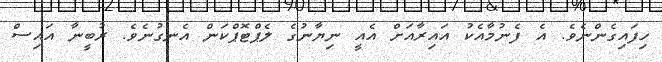
ހިފައިގެންނެވެ. އެ ފެނުމާއެކު އައިރާއަށް އެއީ ނިޔާނުގެ ލެޕްޓޮޕްކަން އެނގުނެވެ. ރުބީނާ އައިސް